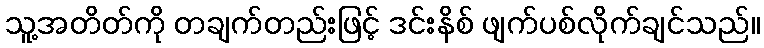
သူ့အတိတ်ကို တချက်တည်းဖြင့် ဒင်းနိစ် ဖျက်ပစ်လိုက်ချင်သည်။